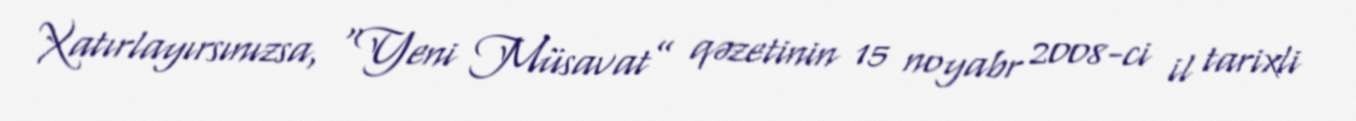
Xatırlayırsınızsa, “Yeni Müsavat” qəzetinin 15 noyabr 2008-ci il tarixli